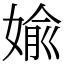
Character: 婾